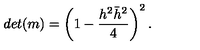
d e t ( m ) = \left( 1 - { \frac { h ^ { 2 } \bar { h } ^ { 2 } } { 4 } } \right) ^ { 2 } .